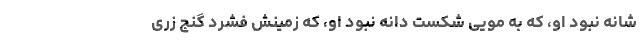
شانه نبود او، که به مویی شکست دانه نبود او، که زمینش فشرد گنج زری